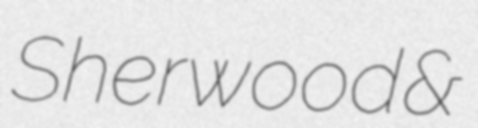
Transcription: Sherwood &